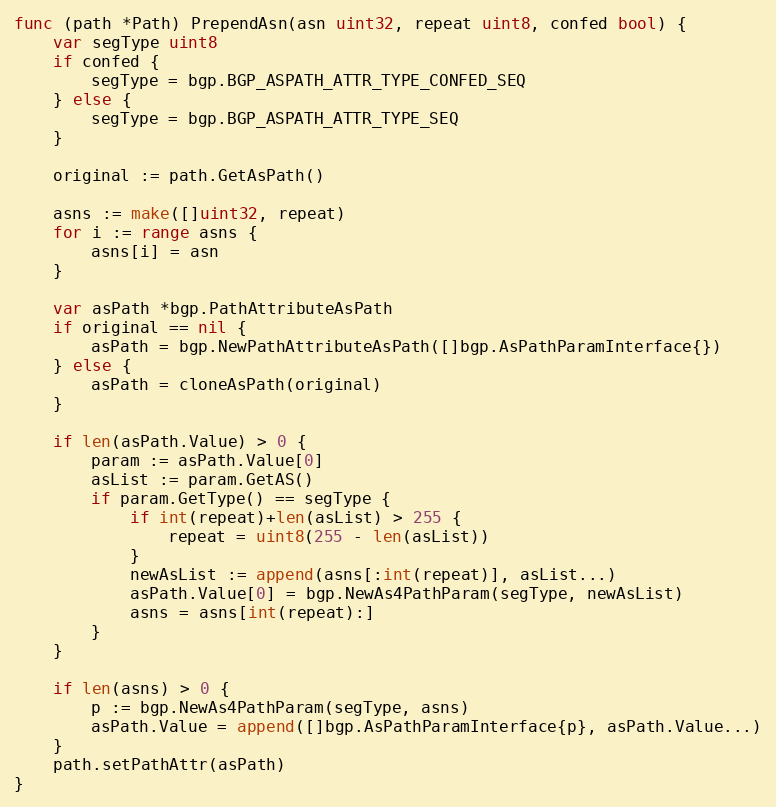
Language: Go
func (path *Path) PrependAsn(asn uint32, repeat uint8, confed bool) {
	var segType uint8
	if confed {
		segType = bgp.BGP_ASPATH_ATTR_TYPE_CONFED_SEQ
	} else {
		segType = bgp.BGP_ASPATH_ATTR_TYPE_SEQ
	}

	original := path.GetAsPath()

	asns := make([]uint32, repeat)
	for i := range asns {
		asns[i] = asn
	}

	var asPath *bgp.PathAttributeAsPath
	if original == nil {
		asPath = bgp.NewPathAttributeAsPath([]bgp.AsPathParamInterface{})
	} else {
		asPath = cloneAsPath(original)
	}

	if len(asPath.Value) > 0 {
		param := asPath.Value[0]
		asList := param.GetAS()
		if param.GetType() == segType {
			if int(repeat)+len(asList) > 255 {
				repeat = uint8(255 - len(asList))
			}
			newAsList := append(asns[:int(repeat)], asList...)
			asPath.Value[0] = bgp.NewAs4PathParam(segType, newAsList)
			asns = asns[int(repeat):]
		}
	}

	if len(asns) > 0 {
		p := bgp.NewAs4PathParam(segType, asns)
		asPath.Value = append([]bgp.AsPathParamInterface{p}, asPath.Value...)
	}
	path.setPathAttr(asPath)
}